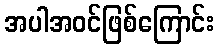
အပါအဝင်ဖြစ်ကြောင်း